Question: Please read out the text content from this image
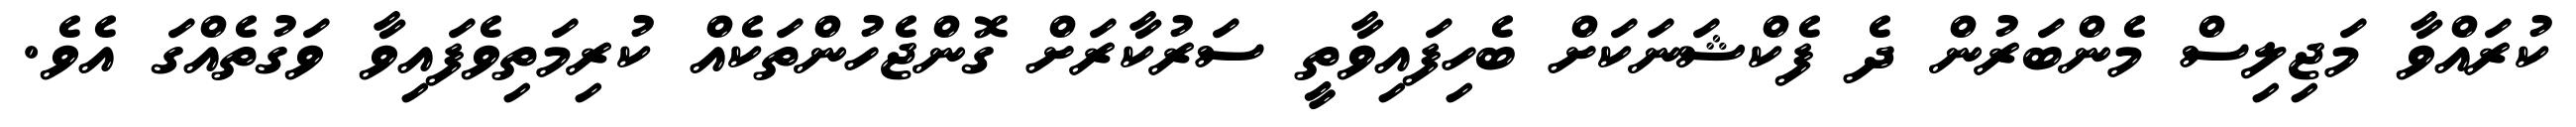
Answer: ކުރައްވާ މަޖިލިސް މެންބަރުން ދެ ފެކްޝަނަކަށް ބެހިފައިވާތީ ސަރުކާރަށް ގޮންޖެހުންތަކެއް ކުރިމަތިވެފައިވާ ވަގުތެއްގަ އެވެ.